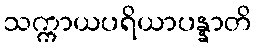
သက္ကာယပရိယာပန္နာတိ